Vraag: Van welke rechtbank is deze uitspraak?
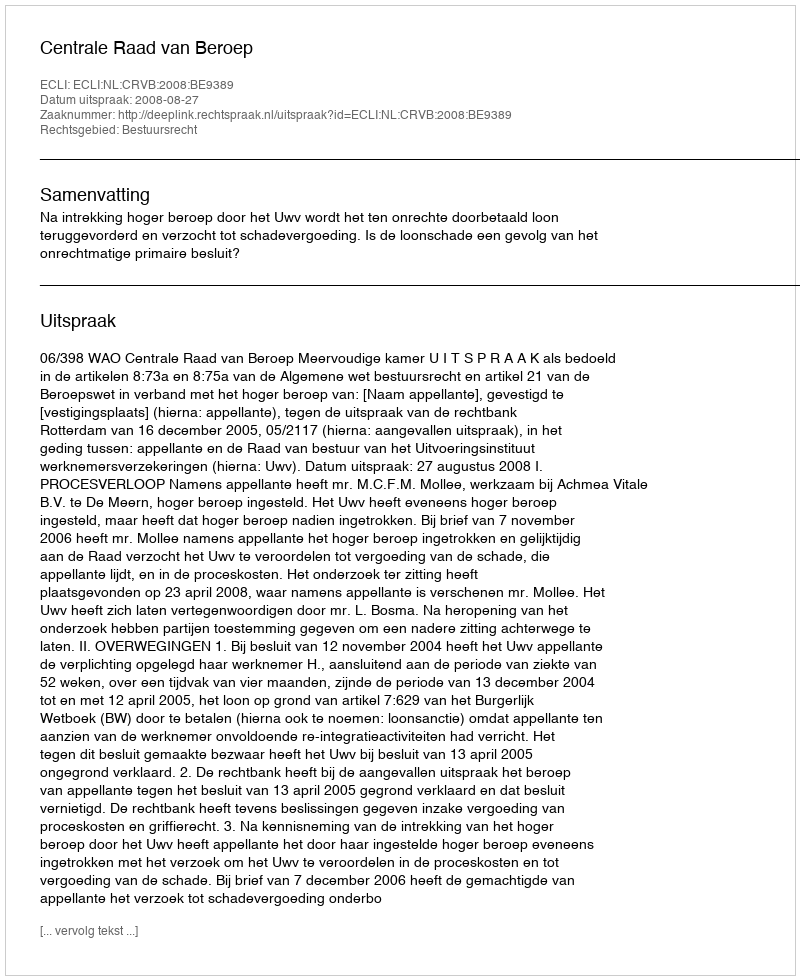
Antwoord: Centrale Raad van Beroep